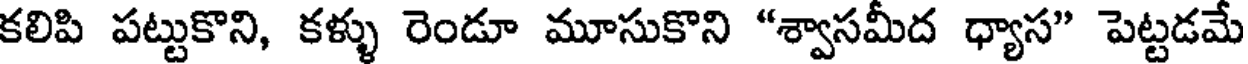
కలిపి పట్టుకొని, కళ్ళు రెండూ మూసుకొని "శ్వాసమీద ధ్యాస" పెట్టడమే